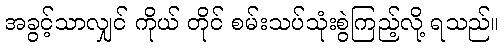
အခွင့်သာလျှင် ကိုယ် တိုင် စမ်းသပ်သုံးစွဲကြည့်လို့ ရသည်။